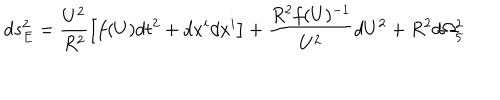
d s _ { E } ^ { 2 } = \frac { U ^ { 2 } } { R ^ { 2 } } \left[ f ( U ) d t ^ { 2 } + d x ^ { i } d x ^ { i } \right] + \frac { R ^ { 2 } f ( U ) ^ { - 1 } } { U ^ { 2 } } d U ^ { 2 } + R ^ { 2 } d \Omega _ { 5 } ^ { 2 }